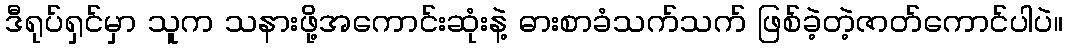
ဒီရုပ်ရှင်မှာ သူက သနားဖို့အကောင်းဆုံးနဲ့ ဓားစာခံသက်သက် ဖြစ်ခဲ့တဲ့ဇာတ်ကောင်ပါပဲ။